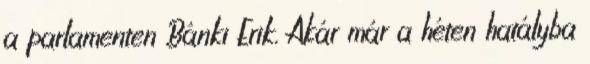
a parlamenten Bánki Erik. Akár már a héten hatályba